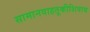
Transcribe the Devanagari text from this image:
सामानवाहतूकीशिवाय